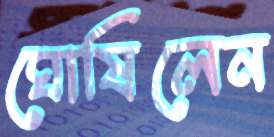
ঘোষিলেন